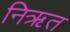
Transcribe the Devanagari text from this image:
निऋत